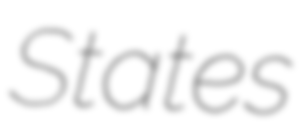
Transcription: States